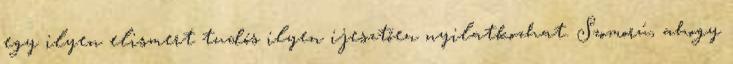
egy ilyen elismert tudós ilyen ijesztően nyilatkozhat. Szomorú, ahogy